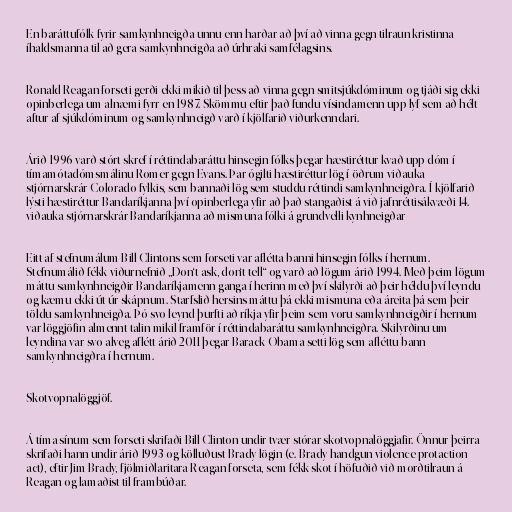
En baráttufólk fyrir samkynhneigða unnu enn harðar að því að vinna gegn tilraun kristinna
íhaldsmanna til að gera samkynhneigða að úrhraki samfélagsins.

Ronald Reagan forseti gerði ekki mikið til þess að vinna gegn smitsjúkdóminum og tjáði sig ekki
opinberlega um alnæmi fyrr en 1987. Skömmu eftir það fundu vísindamenn upp lyf sem að hélt
aftur af sjúkdóminum og samkynhneigð varð í kjölfarið viðurkenndari.

Árið 1996 varð stórt skref í réttindabaráttu hinsegin fólks þegar hæstiréttur kvað upp dóm í
tímamótadómsmálinu Romer gegn Evans. Þar ógilti hæstiréttur lög í öðrum viðauka
stjórnarskrár Colorado fylkis, sem bannaði lög sem studdu réttindi samkynhneigðra. Í kjölfarið
lýsti hæstiréttur Bandaríkjanna því opinberlega yfir að það stangaðist á við jafnréttisákvæði 14.
viðauka stjórnarskrár Bandaríkjanna að mismuna fólki á grundvelli kynhneigðar

Eitt af stefnumálum Bill Clintons sem forseti var aflétta banni hinsegin fólks í hernum.
Stefnumálið fékk viðurnefnið „Don‘t ask, don‘t tell“ og varð að lögum árið 1994. Með þeim lögum
máttu samkynhneigðir Bandaríkjamenn ganga í herinn með því skilyrði að þeir héldu því leyndu
og kæmu ekki út úr skápnum. Starfslið hersins máttu þá ekki mismuna eða áreita þá sem þeir
töldu samkynhneigða. Þó svo leynd þurfti að ríkja yfir þeim sem voru samkynhneigðir í hernum
var löggjöfin almennt talin mikil framför í réttindabaráttu samkynhneigðra. Skilyrðinu um
leyndina var svo alveg aflétt árið 2011 þegar Barack Obama setti lög sem afléttu bann
samkynhneigðra í hernum.

Skotvopnalöggjöf.

Á tíma sínum sem forseti skrifaði Bill Clinton undir tvær stórar skotvopnalöggjafir. Önnur þeirra
skrifaði hann undir árið 1993 og kölluðust Brady lögin (e. Brady handgun violence protaction
act), eftir Jim Brady, fjölmiðlaritara Reagan forseta, sem fékk skot í höfuðið við morðtilraun á
Reagan og lamaðist til frambúðar.